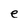
Character: e